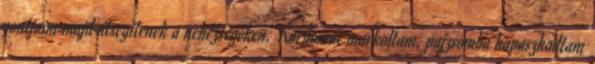
pontjaim majd átsegítenek a nehézségeken. Kardomat markoltam, pajzsomba kapaszkodtam